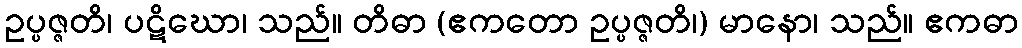
ဥပ္ပဇ္ဇတိ၊ ပဋိဃော၊ သည်။ တိဓာ (ဧကတော ဥပ္ပဇ္ဇတိ၊) မာနော၊ သည်။ ဧကဓာ